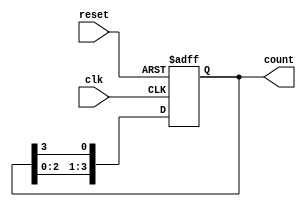
module ring_counter #(
    parameter N = 4  // Number of flip-flops
)(
    input wire clk,   // Clock signal
    input wire reset, // Reset signal
    output reg [N-1:0] count // Output state of the ring counter
);

// Initial state
initial begin
    count = 1'b1; // Set the initial state to 1000 for N=4
end

// Sequential logic for the ring counter
always @(posedge clk or posedge reset) begin
    if (reset) begin
        count <= 1'b1; // Reset to initial state (e.g., 1000 for N=4)
    end else begin
        // Shift the '1' through the flip-flops
        count <= {count[N-2:0], count[N-1]}; // Shift left and wrap around
    end
end

endmodule